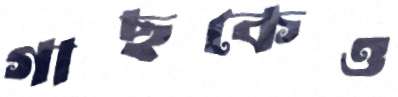
গাছকেও